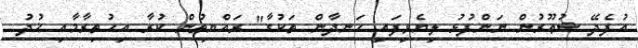
އުފެދޭ ޝުޢޫރުން ނަންފުޅު ލިޔެވިފައި ހަނދާން ތަކުގާ" ރައްޔިތުން ކުރާ އިހުތިރާމާއި ޚުދު